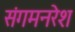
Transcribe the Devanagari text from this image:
संगमनरेश